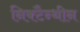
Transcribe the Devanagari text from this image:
निक्टैन्थीन